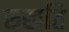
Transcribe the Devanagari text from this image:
रुखति